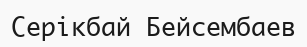
Серікбай Бейсембаев